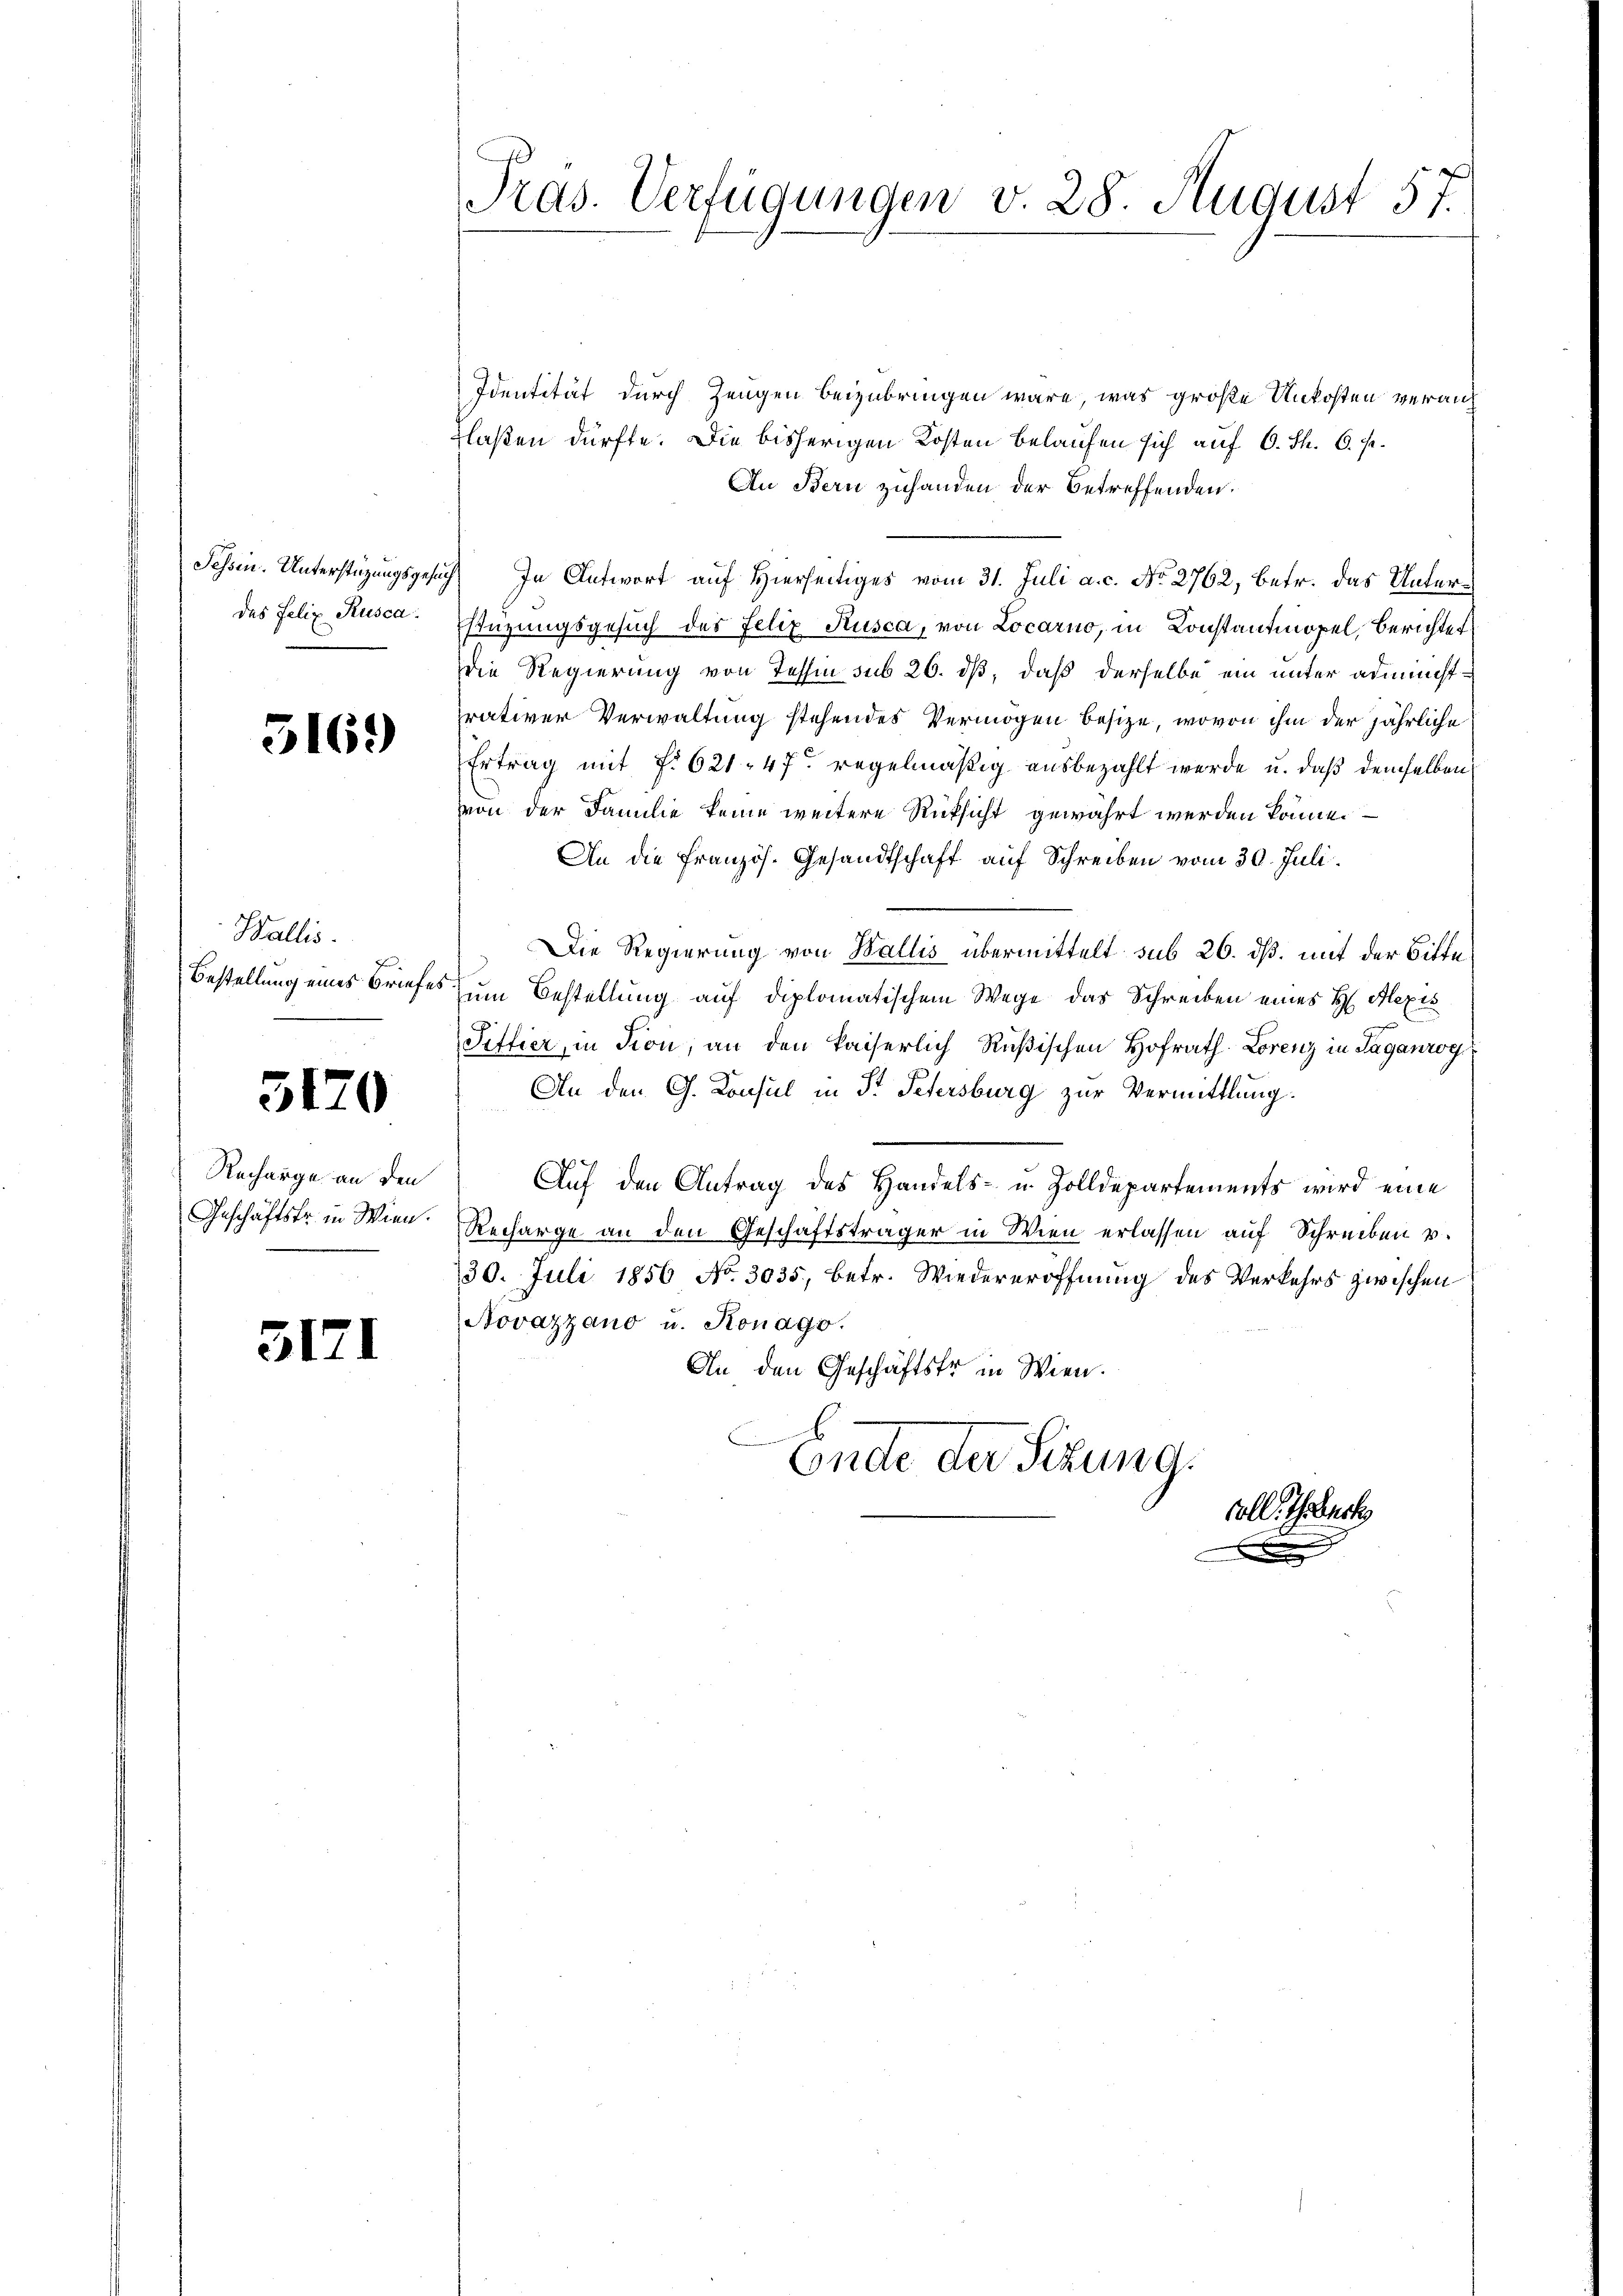
des Felix Rusca.

316.

Wallis.

3170

Recharge an den
Geschäftsfr. in Wien.

3171

Pras. Verfügungen v. 28. August 57.

Identität durch Zeugen beizubringen wäre, was große Unkosten verauf
flaßen dürfte. Die bisherigen Kosten belaufen sich auf 6. Th. 6. p.
An Bern zuhanden der Betreffenden.
Sessen. Unterstüzungsgesuch In Antwort auf Hierseitiges vom 31. Juli a. c. No 2762, betr. das Unter¬
Estüzungsgesuch des Felix Kusca, von Locarno, in Konstantmopel, Berichtet
die Regierung von Tessin sub 26. ds, daß derselbe ein unter administrativer Verwaltung stehendes Vermögen besize, wovon ihm der jährliche
Ertrag mit f. 621. 47 regelmäßig ausbezahlt werde u. daß demselben
von der Familie keine weitere Rücksicht gewährt werden könne.
An die Französ. Gesandtschaft auf Schreiben vom 30. Juli.
Die Regierung von Wallis übermittelt sub 26. ds. mit der Bitte
Bestellung eines Briefes zum Bestellung auf diplomatischem Wege das Schreiben eines H. Alexis
Fittier, in Tion, an den kaiserlich Rußischen Hofrath Lorenz in Saganrog
An den G. Konsul in St. Petersburg zur Vermittlung.
Auf den Antrag des Handels- u. Zolldepartements wird eine
Recharge an den Geschäftsträger in Wien erlassen auf Schreiben v.
30. Juli 1856 No. 3035, betr. Wiedereröffnung des Verkehrs zwischen
Novazzano u. Konago.
An den Geschäftsfr. in Wien.
Ende der Sezung.
coll. Thurt
e